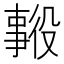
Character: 𱎑